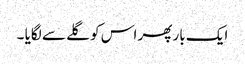
ایک بار پھر اس کو گلے سے لگایا ۔